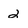
Character: 2